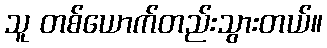
သူ တစ်ယောက်တည်းသွားတယ်။